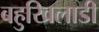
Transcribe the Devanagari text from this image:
बहुखिलाडी